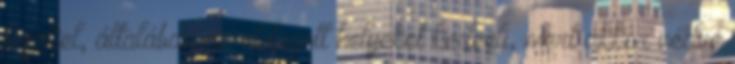
fészkel, általában az eldugott helyeket kedveli, mert akkor védve